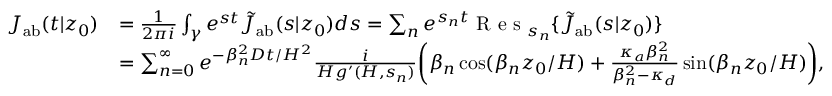
\begin{array} { r l } { J _ { \mathrm { { a b } } } ( t | z _ { 0 } ) } & { = \frac { 1 } { 2 \pi i } \int _ { \gamma } e ^ { s t } \tilde { J } _ { \mathrm { a b } } ( s | z _ { 0 } ) d s = \sum _ { n } e ^ { s _ { n } t } \textrm { R e s } _ { s _ { n } } \{ \tilde { J } _ { \mathrm { { a b } } } ( s | z _ { 0 } ) \} } \\ & { = \sum _ { n = 0 } ^ { \infty } e ^ { - \beta _ { n } ^ { 2 } D t / H ^ { 2 } } \frac { i } { H g ^ { \prime } ( H , s _ { n } ) } \biggl ( \beta _ { n } \cos ( \beta _ { n } z _ { 0 } / H ) + \frac { \kappa _ { a } \beta _ { n } ^ { 2 } } { \beta _ { n } ^ { 2 } - \kappa _ { d } } \sin ( \beta _ { n } z _ { 0 } / H ) \biggr ) , } \end{array}